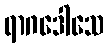
ရာဂဒေါသေ